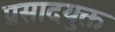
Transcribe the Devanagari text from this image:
प्रसादयुक्त